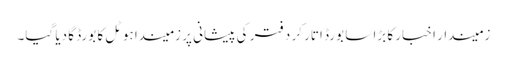
زمیندار اخبار کا بڑا سا بورڈ اتار کر دفتر کی پیشانی پر زمیندا ہوٹل کا بورڈ گا دیا گیا۔